Report of an investigation of the epidemic of malarial fever in Assam, or, kala-azar
Disease focus: Malaria
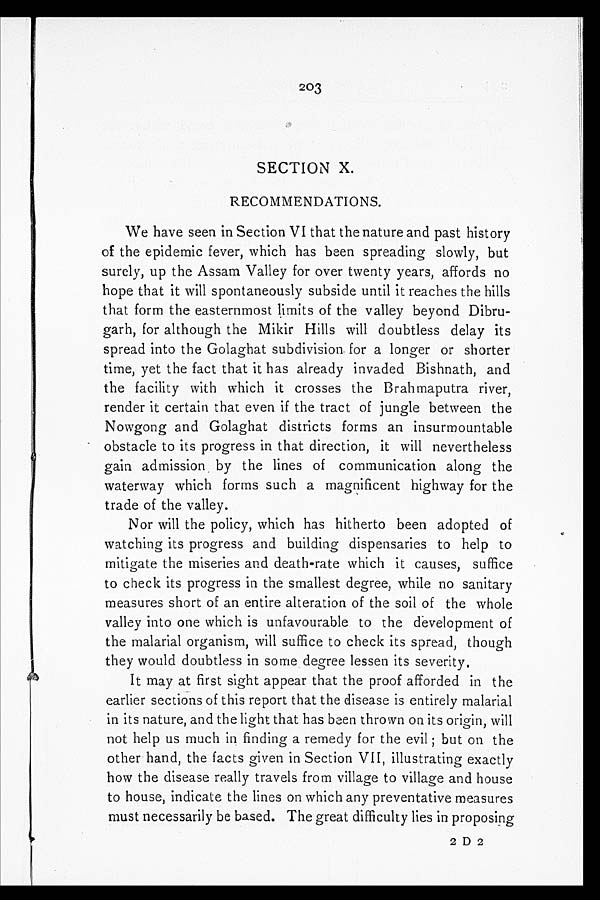
203
SECTION X.
RECOMMENDATIONS.
We have seen in Section VI that the nature and past history
of the epidemic fever, which has been spreading slowly, but
surely, up the Assam Valley for over twenty years, affords no
hope that it will spontaneously subside until it reaches the hills
that form the easternmost limits of the valley beyond Dibru-
garh, for although the Mikir Hills will doubtless delay its
spread into the Golaghat subdivision for a longer or shorter
time, yet the fact that it has already invaded Bishnath, and
the facility with which it crosses the Brahmaputra river,
render it certain that even if the tract of jungle between the
Nowgong and Golaghat districts forms an insurmountable
obstacle to its progress in that direction, it will nevertheless
gain admission by the lines of communication along the
waterway which forms such a magnificent highway for the
trade of the valley.
Nor will the policy, which has hitherto been adopted of
watching its progress and building dispensaries to help to
mitigate the miseries and death-rate which it causes, suffice
to check its progress in the smallest degree, while no sanitary
measures short of an entire alteration of the soil of the whole
valley into one which is unfavourable to the development of
the malarial organism, will suffice to check its spread, though
they would doubtless in some degree lessen its severity.
It may at first sight appear that the proof afforded in the
earlier sections of this report that the disease is entirely malarial
in its nature, and the light that has been thrown on its origin, will
not help us much in finding a remedy for the evil; but on the
other hand, the facts given in Section VII, illustrating exactly
how the disease really travels from village to village and house
to house, indicate the lines on which any preventative measures
must necessarily be based. The great difficulty lies in proposing
2 D 2